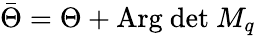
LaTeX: \bar{\Theta}=\Theta+\textup{Arg}\ \textup{det}\ M_{q}